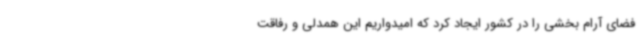
فضای آرام بخشی را در کشور ایجاد کرد که امیدواریم این همدلی و رفاقت